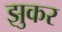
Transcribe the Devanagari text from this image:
झुकर